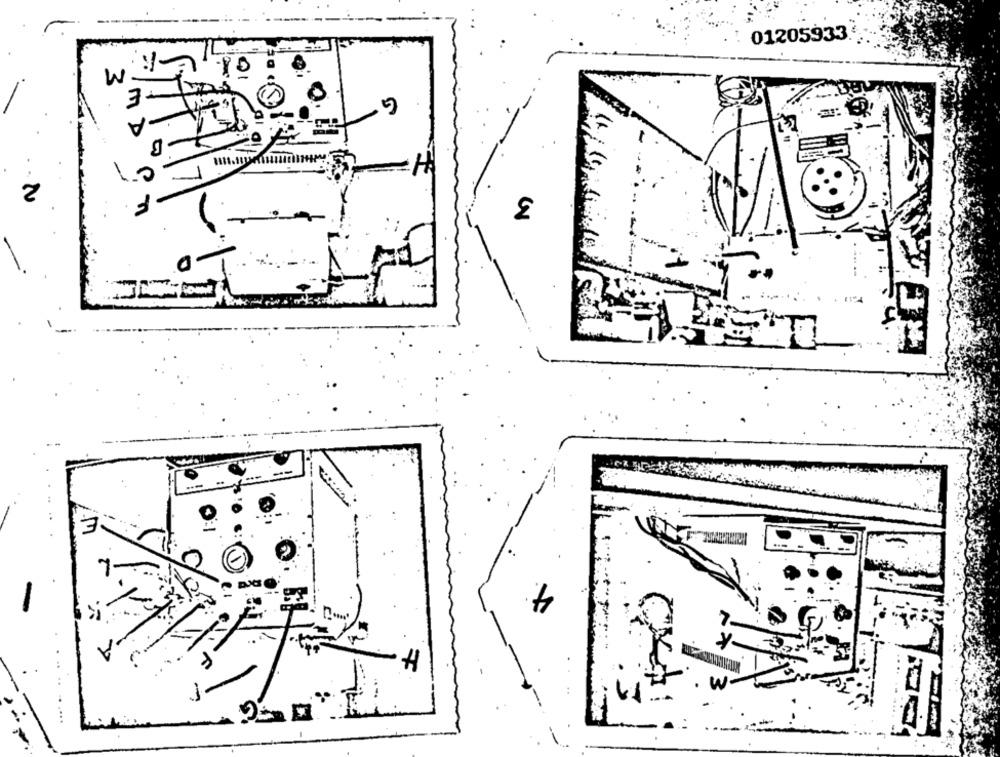
01205933
E
A
10
F
3
2
E
....